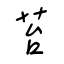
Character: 苔